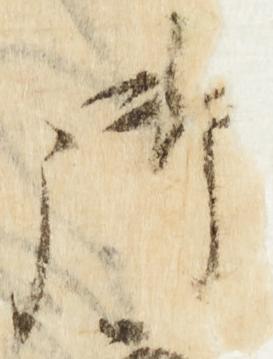
御